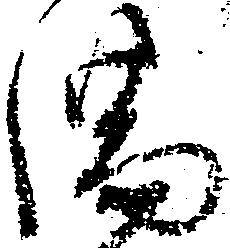
満